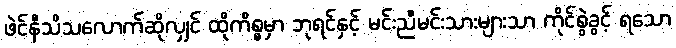
ဖဲင်နီသိသလောက်ဆိုလျှင် ထိုကိစ္စမှာ ဘုရင်နှင့် မင်းညီမင်းသားများသာ ကိုင်စွဲခွင့် ရသော